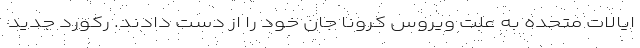
ایالات متحده به علت ویروس کرونا جان خود را از دست دادند. رکورد جدید